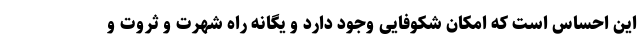
این احساس است که امکان شکوفایی وجود دارد و یگانه راه شهرت و ثروت و